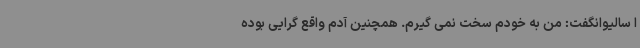
ا سالیوانگفت: من به خودم سخت نمی گیرم. همچنین آدم واقع گرایی بوده